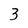
Character: 3